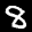
Label: 8